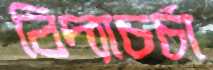
বিদ্যাচর্চা